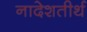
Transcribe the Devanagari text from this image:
नादेशतीर्थ